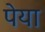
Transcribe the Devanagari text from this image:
पेया